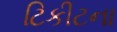
ટિકીટના